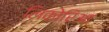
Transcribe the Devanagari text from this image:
लिकोरिआ